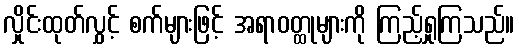
လှိုင်းထုတ်လွှင့် စက်များဖြင့် အရာဝတ္ထုများကို ကြည့်ရှုကြသည်။